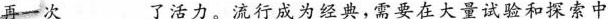
再一次___了活力。流行成为经典，需要在大量试验和探索中